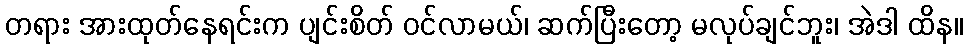
တရား အားထုတ်နေရင်းက ပျင်းစိတ် ဝင်လာမယ်၊ ဆက်ပြီးတော့ မလုပ်ချင်ဘူး၊ အဲဒါ ထိန။